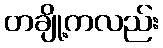
တချို့ကလည်း